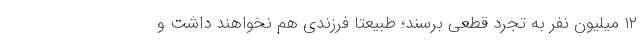
۱۲ میلیون نفر به تجرد قطعی برسند؛ طبیعتا فرزندی هم نخواهند داشت و